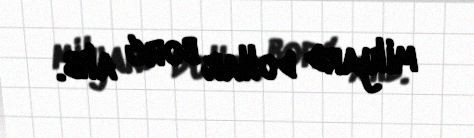
milyard dollar borc alıb.